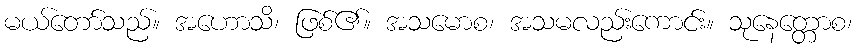
မယ်တော်သည်။ အဟောသိ၊ ဖြစ်၏။ အသမောစ၊ အသမလည်းကောင်း။ သုနေတ္တောစ၊